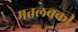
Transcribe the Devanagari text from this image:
मतलबकी